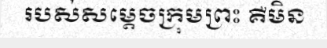
របស់សម្តេចក្រុមព្រះ គឺមិន